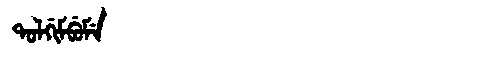
Manchu: ᡨᠣᠯᡤᡳᠮᠪᡠᠮᡝ
Romanization: TOLGIMBUME